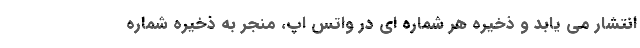
انتشار می یابد و ذخیره هر شماره ای در واتس اپ، منجر به ذخیره شماره